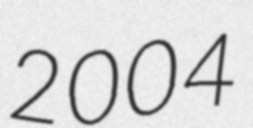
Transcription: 2004